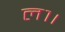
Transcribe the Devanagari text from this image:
ल१।